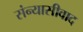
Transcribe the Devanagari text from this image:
संन्यासीवाद